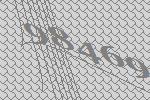
98469